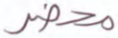
محضر